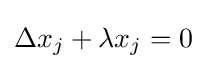
\Delta x_{j}+\lambda x_{j}=0